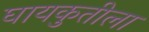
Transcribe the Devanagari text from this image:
घायकुतीला